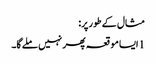
مثال کے طور پر:
1 ایسا موقعہ پھر نہیں ملے گا۔